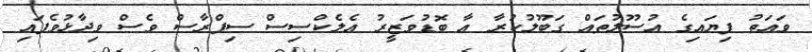
ވައަތު ފިޔައިގެ އުސޫލުތައް ގަބޫލުކުރާ އާ ބޮޑުވަޒީރު އެލެކްސިސް ސިޕްރާސް ވެސް ވިދާޅުވެފައި